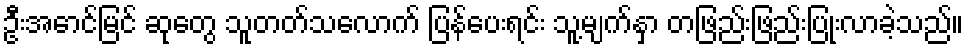
ဦးအောင်မြင် ဆုတွေ သူတတ်သလောက် ပြန်ပေးရင်း သူ့မျက်နှာ တဖြည်းဖြည်းပြုံးလာခဲ့သည်။